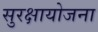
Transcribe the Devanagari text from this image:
सुरक्षायोजना